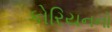
કોરિયનનો